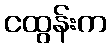
ငထွန်းက